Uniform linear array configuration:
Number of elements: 24
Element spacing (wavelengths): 1
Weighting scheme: binomial
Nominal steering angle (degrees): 60
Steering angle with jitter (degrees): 58.341
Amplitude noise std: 0.05
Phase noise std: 0.05

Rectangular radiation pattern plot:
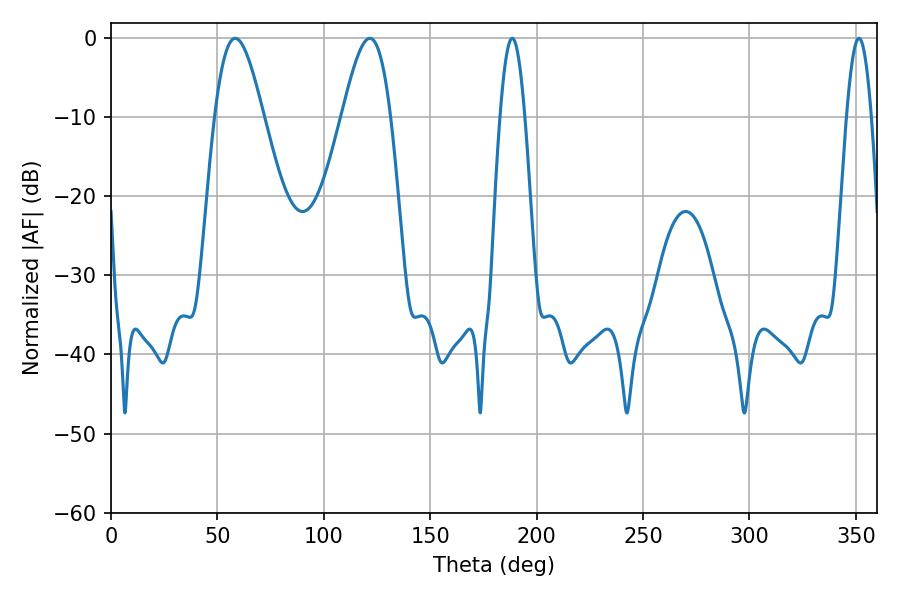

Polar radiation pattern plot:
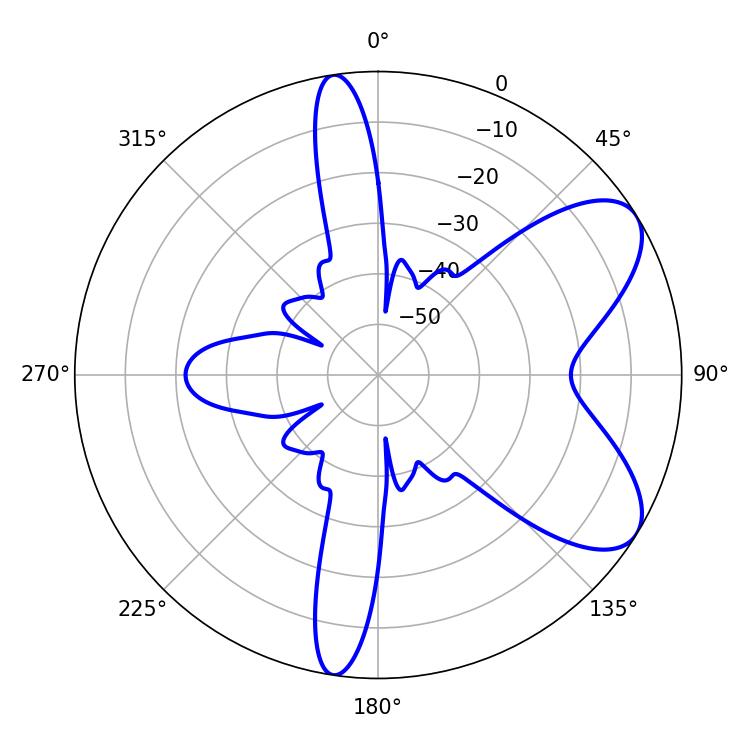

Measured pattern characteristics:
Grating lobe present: TRUE
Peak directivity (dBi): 7.333
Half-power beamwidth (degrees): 12.24
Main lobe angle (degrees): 58.32